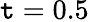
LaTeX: \mathtt{t}=0.5